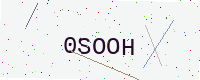
Text: 0SOOH